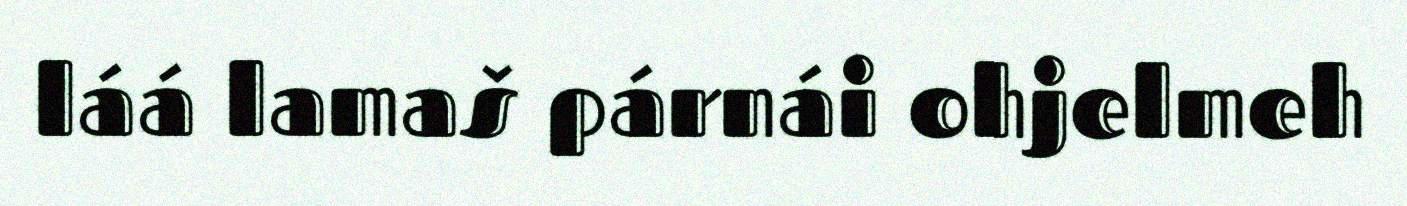
láá lamaš párnái ohjelmeh